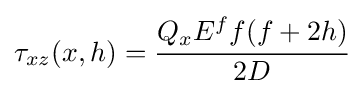
\tau _{xz}(x,h)={\cfrac {Q_{x}E^{f}f(f+2h)}{2D}}